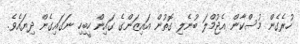
ހުރެގެން މުސްކާން އެޖުމްލަ ބުނެލި ގޮތުން އައިޒަންގެ ގައިން ހީބިހި ނަގައިގެން ދިޔައެވެ.